NAE_ERA_R-30_Eesti_Riiklik_Spordiamet, lk 40
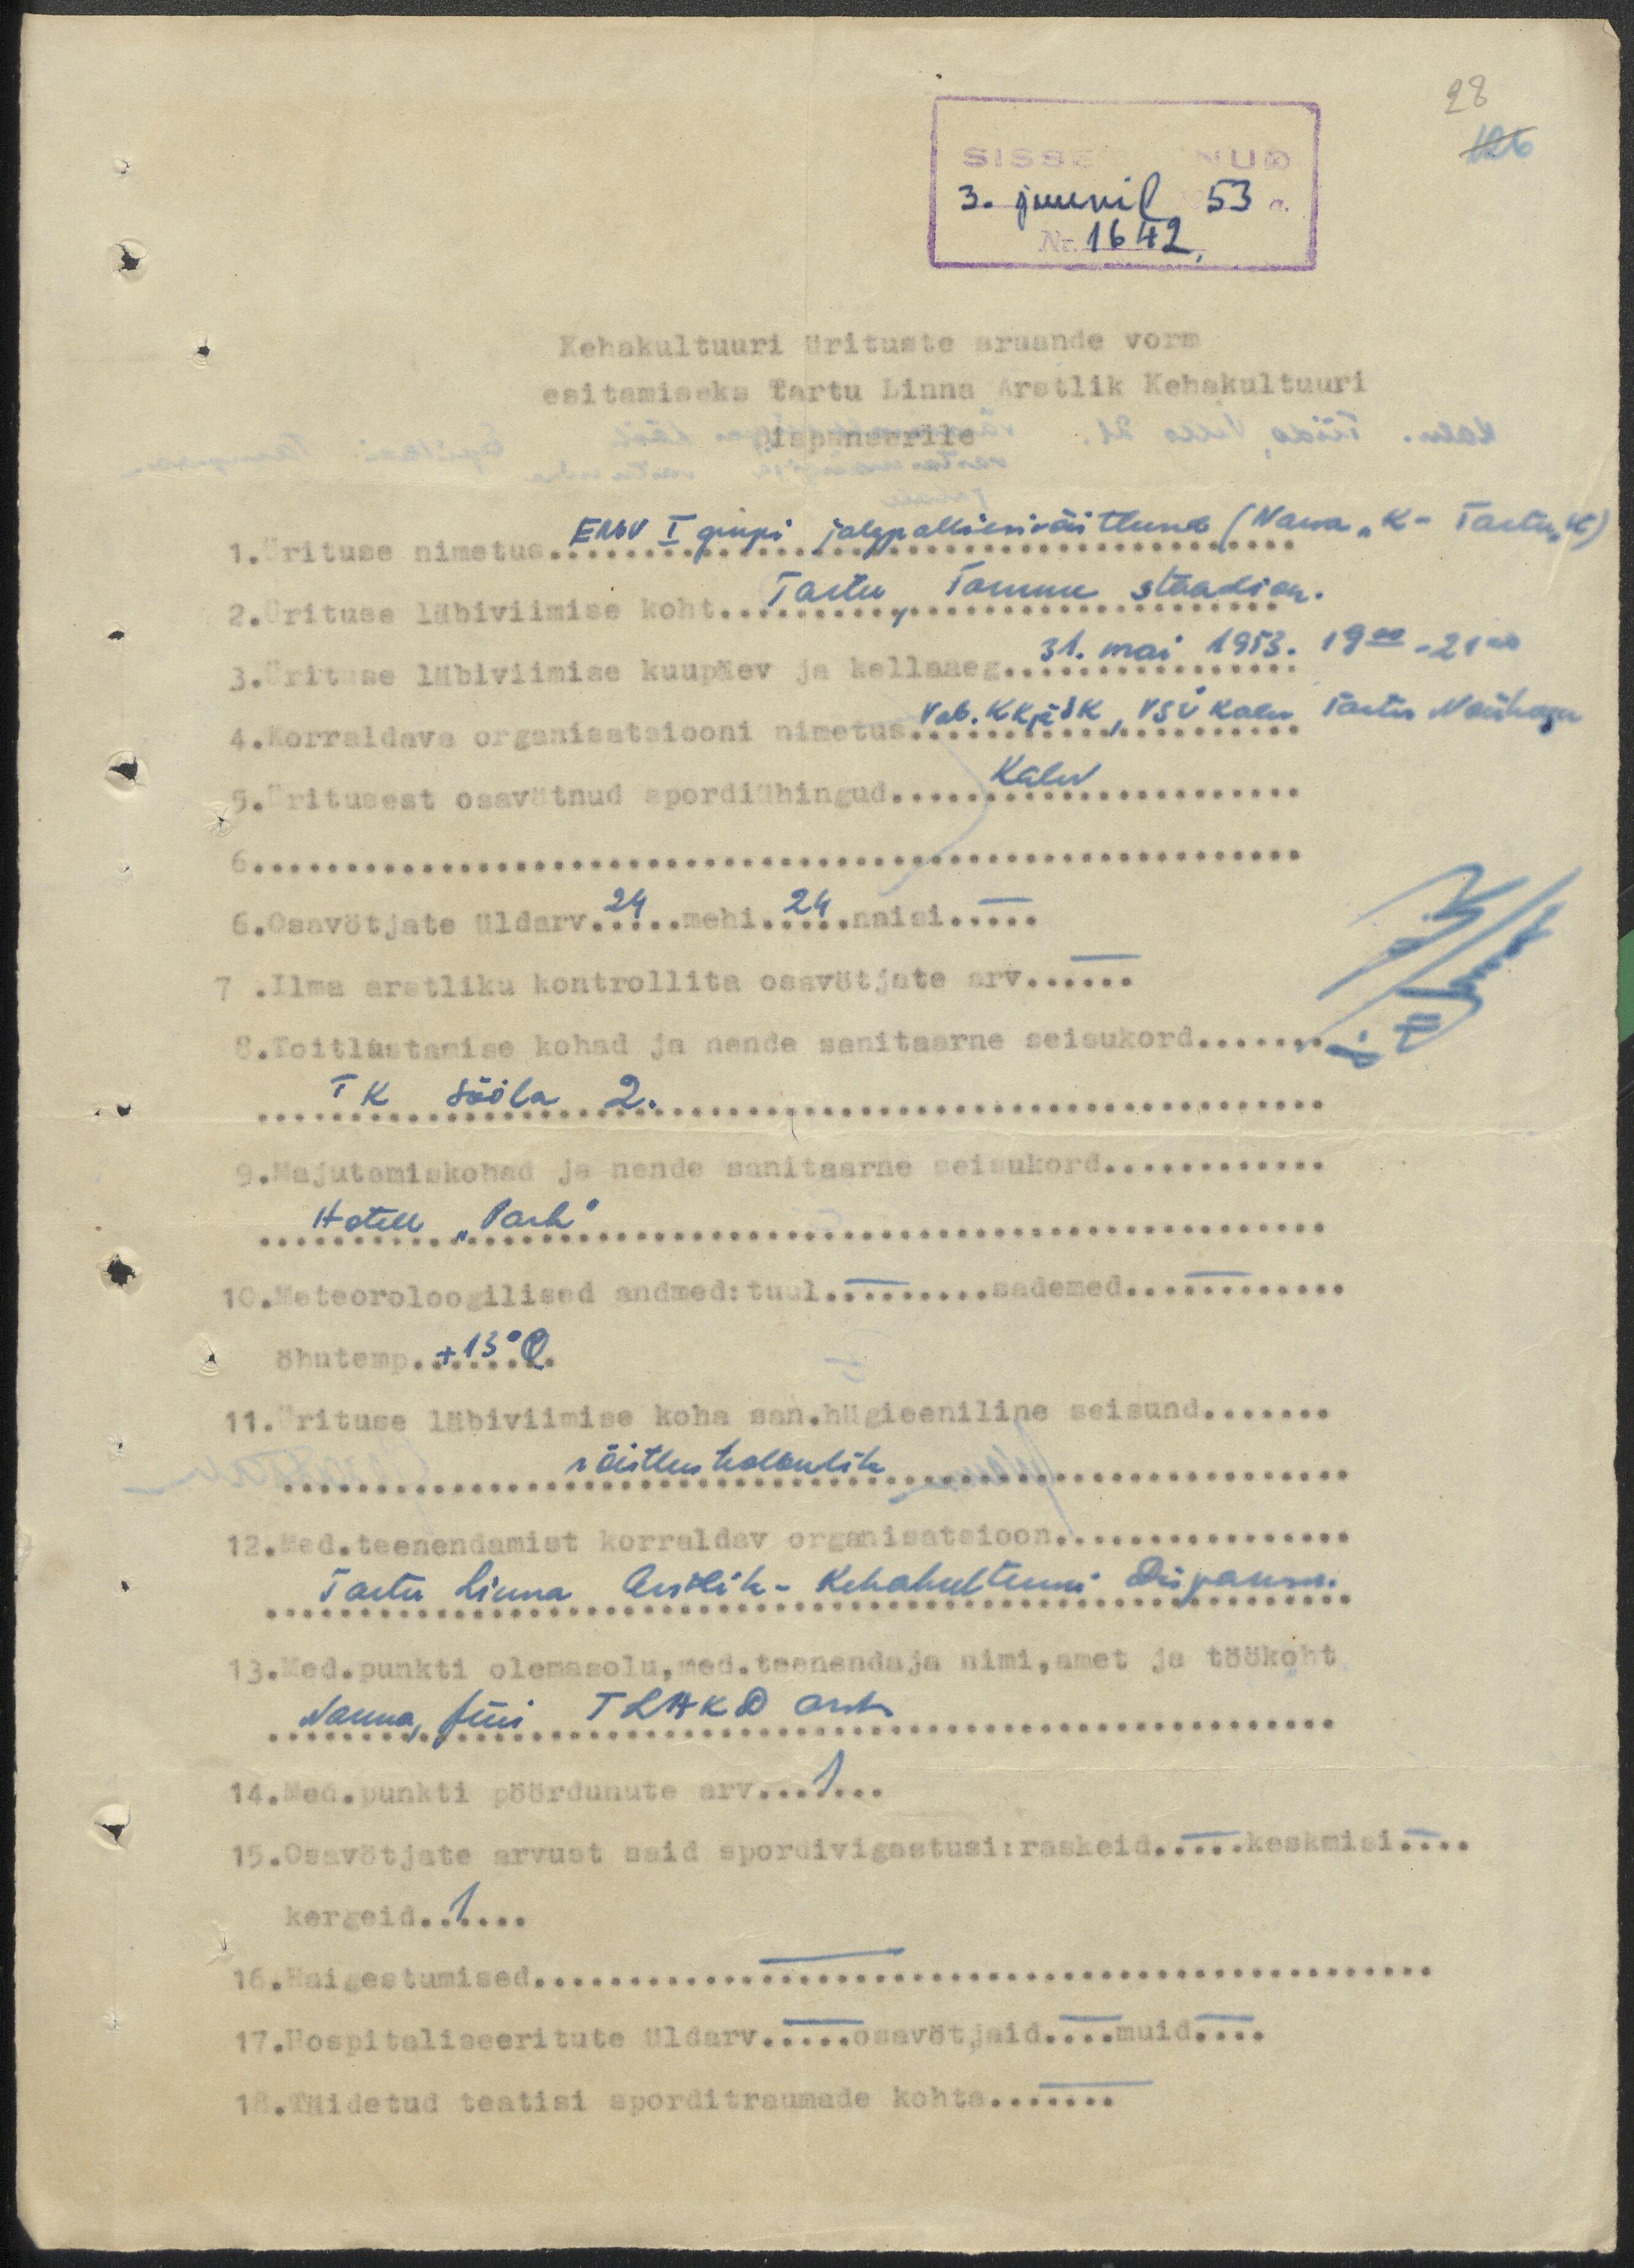
28
SISSETULNUD
126
3. juunil 1953 a.
Nr. 1642.
Kehakultuuri ürituste aruande vorm
esitamiseks Tartu Linna Arstlik Kehakultuuri
Dispanserile
1. Ürituse nimetus ENSV I grupi jalgpalliesivõitlused (Narva, K - Tartu, K)
2. Ürituse läbiviimise koht Tartu, Tamme staadion.
3. Ürituse läbiviimise kuupäev ja kellaaeg 31. mai 1953. 19 00-21 00
4. Korraldava organisatsiooni nimetus Vab. KK ja SK, VSÜ Kalev Tartu Nõukogu
5. Üritusest osavötnud spordiühingud Kalev
6. Osavötjate üldarv 24 mehi 24 naisi -
7. Ilma arstliku kontrollita osavötjate arv -
8. Toitlustamise kohad ja nende sanitaarne seisukord
TK Sööla 2.
9. Majutamiskohad ja nende sanitaarne seisukord
Hotell "Park"
10. Meteoroloogilised andmed: tuul - sademed -
öhutemp + 13 C
11. Ürituse läbiviimise koha san.hügieeniline seisund
võistluskolbulik
12. Med. teenendamist korraldav organisatsioon
Tartu Linna Arstlik-Kehakultuuri Dispanser.
13. Med.punkti olemasolu, med. teenendaja nimi, amet ja töökoht
Sauna, Jüri TLAKD arst
14. Med.punkti pöördunute arv 1
15. Osavötjate arvust said spordivigastusi: raskeid - keskmisi -
kergeid 1
16. Haigestumised -
17. Hospitaliseeritute üldarv - osavötjaid - muid -
18. Täidetud teatisi sporditraumade kohta -